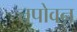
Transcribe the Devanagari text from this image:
तपोवऩ